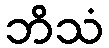
ဘိသံ